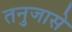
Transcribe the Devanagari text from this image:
तनुजासे